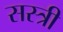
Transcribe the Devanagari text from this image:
सस्त्री